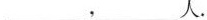
___，___人。